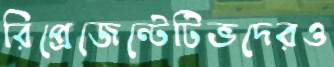
রিপ্রেজেন্টেটিভদেরও